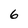
Character: 6